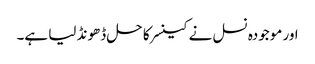
اور موجودہ نسل نے کینسر کا حل ڈھونڈ لیا ہے۔